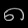
Digit: ၈